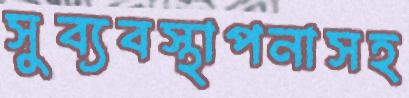
সুব্যবস্থাপনাসহ